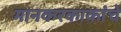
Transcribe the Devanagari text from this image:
मानकरकाकांचे